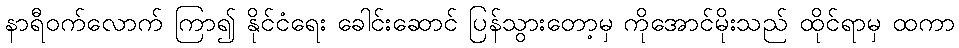
နာရီဝက်လောက် ကြာ၍ နိုင်ငံရေး ခေါင်းဆောင် ပြန်သွားတော့မှ ကိုအောင်မိုးသည် ထိုင်ရာမှ ထကာ